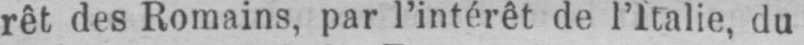
rêt des Romains, par l’intérêt de l’Italie, du